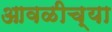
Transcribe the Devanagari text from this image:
आवळीच्या